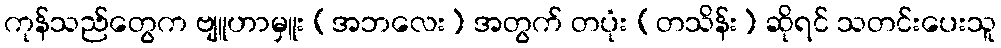
ကုန်သည်တွေက ဗျူဟာမှူး (အဘလေး) အတွက် တပုံး (တသိန်း) ဆိုရင် သတင်းပေးသူ